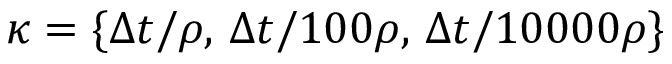
\kappa = \{ \Delta t / \rho , \, \Delta t / 1 0 0 \rho , \, \Delta t / 1 0 0 0 0 \rho \}